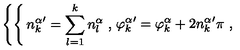
\left\{ \begin{cases} { \displaystyle { n _ { k } ^ { \alpha } } ^ { \prime } = \sum _ { l = 1 } ^ { k } n _ { l } ^ { \alpha } \ , } \\ { \displaystyle { \varphi _ { k } ^ { \alpha } } ^ { \prime } = \varphi _ { k } ^ { \alpha } + 2 { n _ { k } ^ { \alpha } } ^ { \prime } \pi \ , } \\ \end{cases} \right.